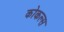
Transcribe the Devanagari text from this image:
कोकल्स